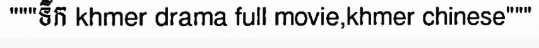
"""ទឹក khmer drama full movie,khmer chinese"""